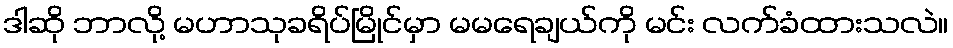
ဒါဆို ဘာလို့ မဟာသုခရိပ်မြိုင်မှာ မမရေချယ်ကို မင်း လက်ခံထားသလဲ။